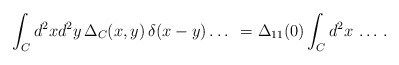
\begin{align*}\int_{C}d^{2}xd^{2}y\, \Delta_{C}(x,y) \, \delta (x-y) \ldots \; \,=\Delta_{11}(0) \int_{C}d^{2}x \, \ldots \, .\end{align*}